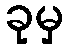
ခုမှ